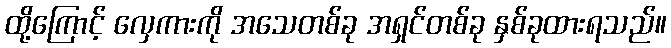
ထို့ကြောင့် လှေကားကို အသေတစ်ခု အရှင်တစ်ခု နှစ်ခုထားရသည်။